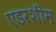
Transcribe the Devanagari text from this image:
एडरशीम